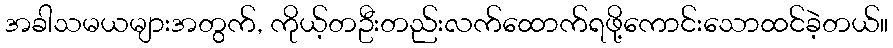
အခါသမယများအတွက်, ကိုယ့်တဦးတည်းလက်ထောက်ရဖို့ကောင်းသောထင်ခဲ့တယ်။